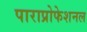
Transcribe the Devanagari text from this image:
पाराप्रोफेशनल